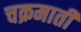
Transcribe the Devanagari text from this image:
चक्रमाती